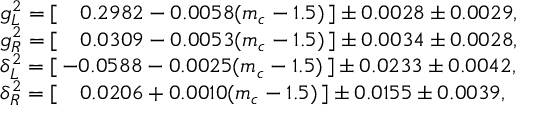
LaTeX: \begin{array} { l l r } { { g _ { L } ^ { 2 } = [ \quad 0 . 2 9 8 2 - 0 . 0 0 5 8 ( m _ { c } - 1 . 5 ) \, ] \pm 0 . 0 0 2 8 \pm 0 . 0 0 2 9 , } } \\ { { g _ { R } ^ { 2 } = [ \quad 0 . 0 3 0 9 - 0 . 0 0 5 3 ( m _ { c } - 1 . 5 ) \, ] \pm 0 . 0 0 3 4 \pm 0 . 0 0 2 8 , } } \\ { { \delta _ { L } ^ { 2 } = [ \, - 0 . 0 5 8 8 - 0 . 0 0 2 5 ( m _ { c } - 1 . 5 ) \, ] \pm 0 . 0 2 3 3 \pm 0 . 0 0 4 2 , } } \\ { { \delta _ { R } ^ { 2 } = [ \quad 0 . 0 2 0 6 + 0 . 0 0 1 0 ( m _ { c } - 1 . 5 ) \, ] \pm 0 . 0 1 5 5 \pm 0 . 0 0 3 9 , } } \end{array}